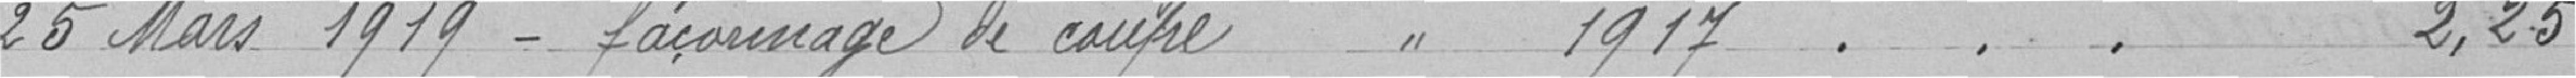
25 mars 1919 - façonnage de coupe 1917 2,25